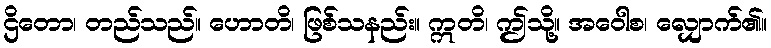
ဌိတော၊ တည်သည်။ ဟောတိ၊ ဖြစ်သနည်း။ ဣတိ၊ ဤသို့။ အဝေါစ၊ လျှောက်၏။